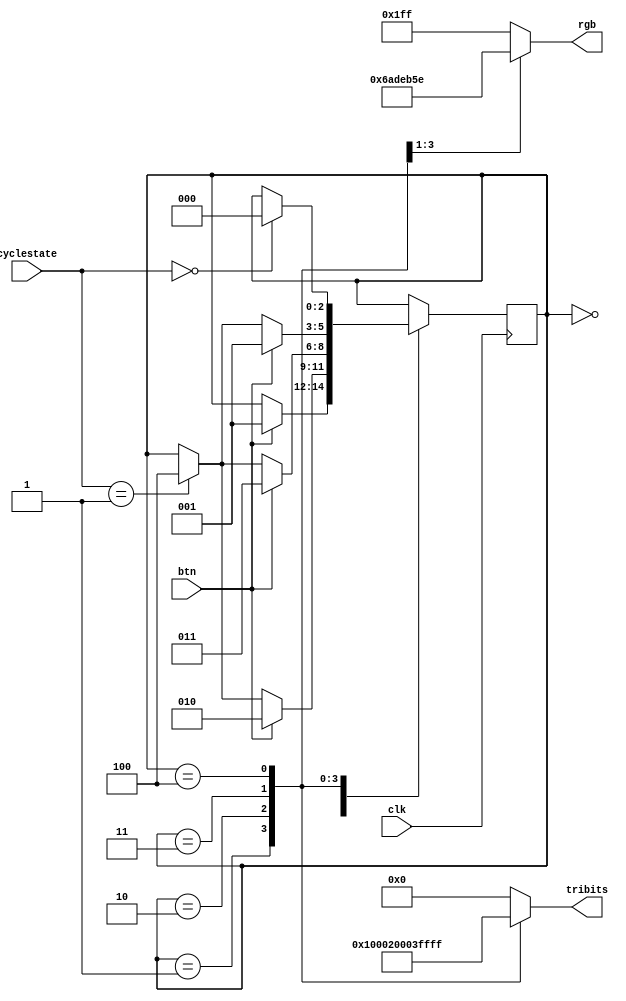
/*
   This file was generated automatically by the Mojo IDE version B1.3.6.
   Do not edit this file directly. Instead edit the original Lucid source.
   This is a temporary file and any changes made to it will be destroyed.
*/

module trianglefsm_12 (
    input clk,
    input btn,
    output reg [8:0] rgb,
    output reg [15:0] tribits,
    input [2:0] cyclestate
  );
  
  
  
  
  
  localparam IDLE_state = 3'd0;
  localparam RED_state = 3'd1;
  localparam BLUE_state = 3'd2;
  localparam GREEN_state = 3'd3;
  localparam GAMEOVER_state = 3'd4;
  
  reg [2:0] M_state_d, M_state_q = IDLE_state;
  
  always @* begin
    M_state_d = M_state_q;
    
    rgb = 9'h1ff;
    tribits = 16'h0000;
    
    case (M_state_q)
      IDLE_state: begin
        tribits = 16'h0000;
        rgb = 9'h1ff;
        if (btn) begin
          M_state_d = RED_state;
        end
      end
      RED_state: begin
        rgb = 9'h1ab;
        tribits = 16'h0001;
        if (cyclestate == 1'h1) begin
          M_state_d = GAMEOVER_state;
        end
        if (btn) begin
          M_state_d = BLUE_state;
        end
      end
      BLUE_state: begin
        rgb = 9'h0f5;
        tribits = 16'h0002;
        if (cyclestate == 1'h1) begin
          M_state_d = GAMEOVER_state;
        end
        if (btn) begin
          M_state_d = GREEN_state;
        end
      end
      GREEN_state: begin
        rgb = 9'h15e;
        tribits = 16'h0003;
        if (cyclestate == 1'h1) begin
          M_state_d = GAMEOVER_state;
        end
        if (btn) begin
          M_state_d = RED_state;
        end
      end
      GAMEOVER_state: begin
        rgb = 9'h1ff;
        tribits = 16'hffff;
        if (cyclestate == 1'h0) begin
          M_state_d = IDLE_state;
        end
      end
    endcase
  end
  
  always @(posedge clk) begin
    M_state_q <= M_state_d;
  end
  
endmodule